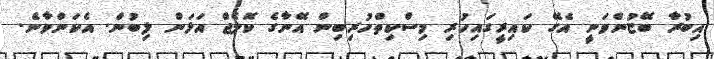
އިބުރާ ބޭޏުންވަނީ އެގޭ ކައިރީގައިހުރި މިސްކިތްހުރިބިން އޭނާގެ ކޮލެޖް އަޅަން ލިބުން. އެކަންވާނެ.